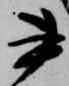
書